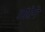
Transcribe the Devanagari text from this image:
आंग्रेने